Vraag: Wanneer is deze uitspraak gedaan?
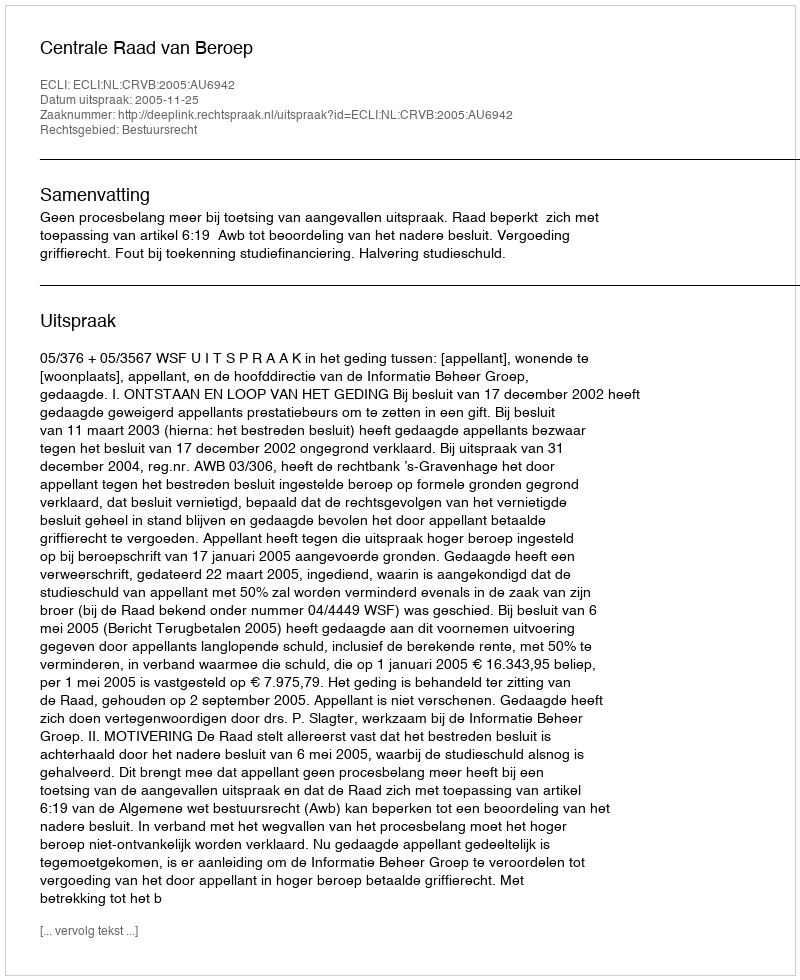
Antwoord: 2005-11-25